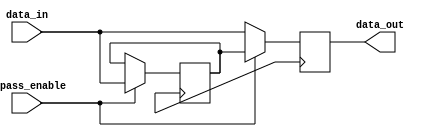
module Variable_Width_Bypass (
    input wire bypass_enable,
    input wire [7:0] data_in,
    output reg [7:0] data_out
);

reg [7:0] bypass_reg;

always @(posedge clk) begin
    if (bypass_enable) begin
        bypass_reg <= data_in;
        data_out <= bypass_reg;
    end
    else begin
        data_out <= data_in;
    end
end

endmodule